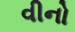
વીનો